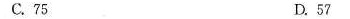
C.75 D.57